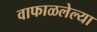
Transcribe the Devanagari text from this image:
वाफाळलेल्या